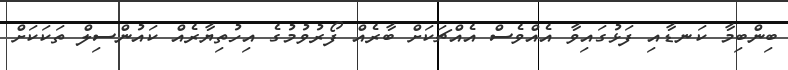
ބިންބިމާ ކަނޑާއި ފަޅުގައިވާ އެއްވެސް އެއްޗަކަށް ބާރެއް ފޯރުވުމުގެ އިހުތިޔާރެއް ކައުންސިލް ތަކަކަށް